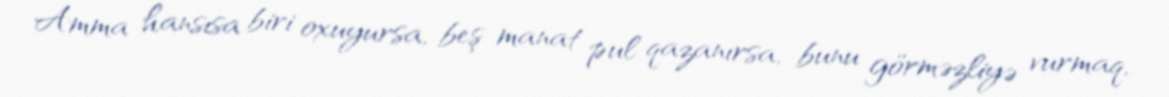
Amma hansısa biri oxuyursa, beş manat pul qazanırsa, bunu görməzliyə vurmaq,